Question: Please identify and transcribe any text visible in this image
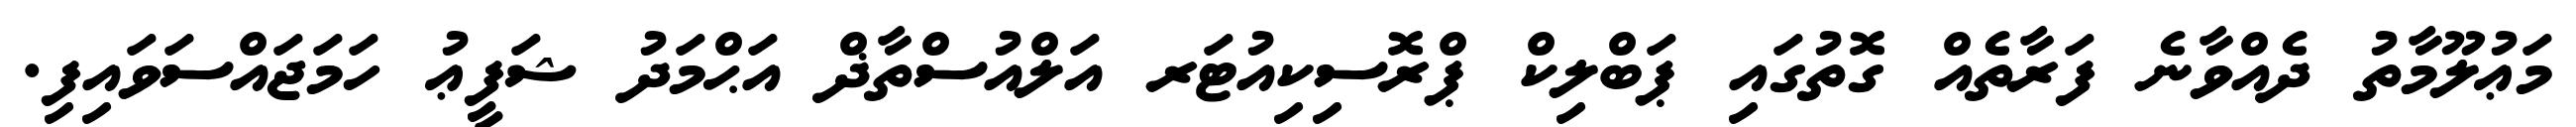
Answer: މަޢުލޫމާތު ދެއްވާނެ ފަރާތެއް ގޮތުގައި ޕަބްލިކް ޕްރޮސިކިއުޓަރ އަލްއުސްތާޛް އަޙްމަދު ޝަފީޢު ހަމަޖައްސަވައިފި.